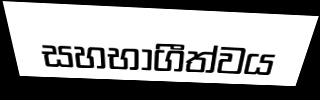
සහභාගීත්වය